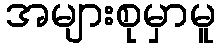
အများစုမှာမူ